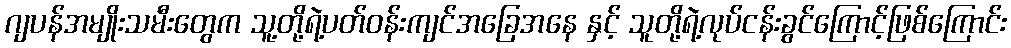
ဂျပန်အမျိုးသမီးတွေက သူ့တို့ရဲ့ပတ်ဝန်းကျင်အခြေအနေ နှင့် သူတို့ရဲ့လုပ်ငန်းခွင်ကြောင့်ဖြစ်ကြောင်း